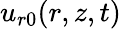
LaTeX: u_{r0}(r,z,t)